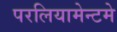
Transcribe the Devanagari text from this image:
परलियामेन्टमे